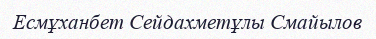
Есмұханбет Сейдахметұлы Смайылов